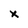
Character: x